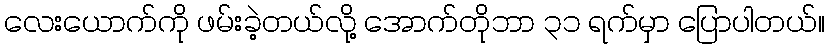
လေးယောက်ကို ဖမ်းခဲ့တယ်လို့ အောက်တိုဘာ ၃၁ ရက်မှာ ပြောပါတယ်။